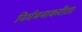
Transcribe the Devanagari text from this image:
निर्गमनाकरीता